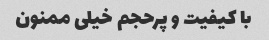
با کیفیت و پرحجم خیلی ممنون